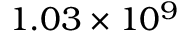
1 . 0 3 \times 1 0 ^ { 9 }